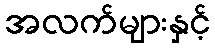
အလက်များနှင့်